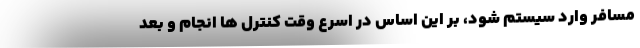
مسافر وارد سیستم شود، بر این اساس در اسرع وقت کنترل ها انجام و بعد